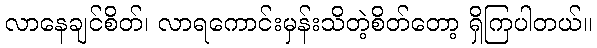
လာနေချင်စိတ်၊ လာရကောင်းမှန်းသိတဲ့စိတ်တော့ ရှိကြပါတယ်။